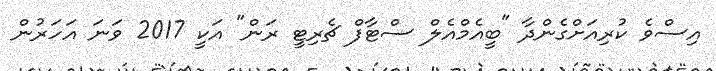
އިސްވެ ކުރިއަށްގެންދާ "ބީއެމްއެލް ސްޓާފް ޗެރިޓީ ރަން" އަކީ 2017 ވަނަ އަހަރުން